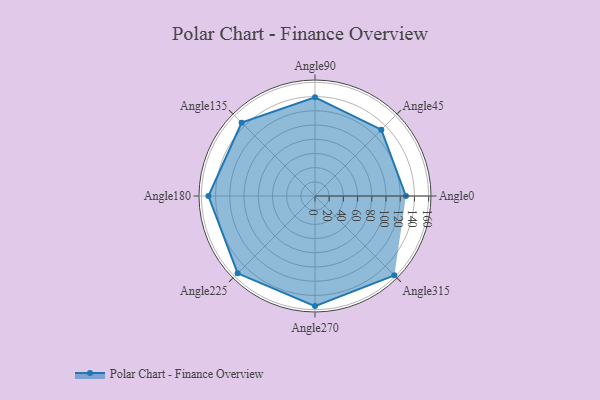
{"axis": {"x": "Angle", "y": "Radius"}, "legend": [""], "data": [{"x": "Angle0", "y": 128.0, "type": ""}, {"x": "Angle45", "y": 132.0, "type": ""}, {"x": "Angle90", "y": 139.0, "type": ""}, {"x": "Angle135", "y": 146.0, "type": ""}, {"x": "Angle180", "y": 150.0, "type": ""}, {"x": "Angle225", "y": 154.0, "type": ""}, {"x": "Angle270", "y": 155.0, "type": ""}, {"x": "Angle315", "y": 158.0, "type": ""}]}